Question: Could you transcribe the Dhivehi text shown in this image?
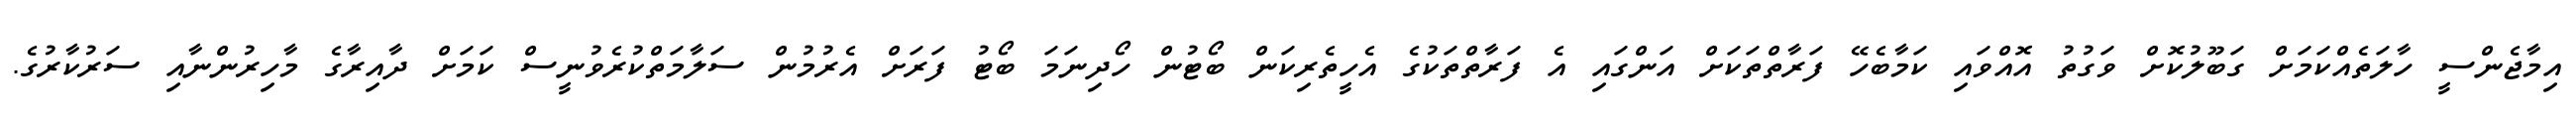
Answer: އިމާޖެންސީ ހާލަތެއްކަމަށް ގަބޫލުކޮށް ވަގުތު އޮއްވައި ކަމާބެހޭ ފަރާތްތަކަށް އަންގައި އެ ފަރާތްތަކުގެ އެހީތެރިކަން ބޯޓުން ހޯދިނަމަ ބޯޓު ފަރަށް އެރުމުން ސަލާމަތްކުރެވުނީސް ކަމަށް ދާއިރާގެ މާހިރުންނާއި ސަރުކާރުގެ.